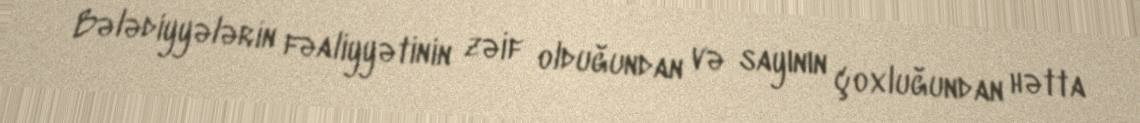
Bələdiyyələrin fəaliyyətinin zəif olduğundan və sayının çoxluğundan hətta